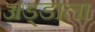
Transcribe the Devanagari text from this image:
अड्डाला